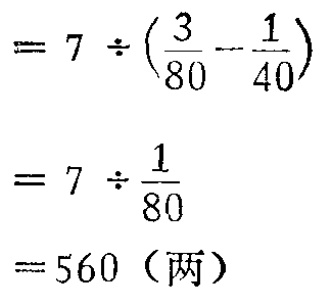
\[

\begin{align*}

&= 7\div(\frac{3}{80}-\frac{1}{40})\\

&= 7\div\frac{1}{80}\\

&= 560 (\text{两})

\end{align*}

\]